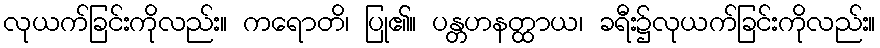
လုယက်ခြင်းကိုလည်း။ ကရောတိ၊ ပြု၏။ ပန္တဟနတ္ထာယ၊ ခရီး၌လုယက်ခြင်းကိုလည်း။